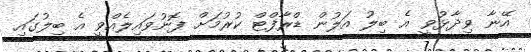
އޭނާ ވިދާޅުވީ އެ ބިލު އަލުން ޑްރާފްޓް ކުރުމަށް ފޮނުވައިލެއްވީ އެ ބިލުގައި